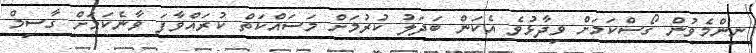
ނިންމެވުން ގޯސްކަމަށް ވިދާޅުވެ އެކަން ބަދަލު ކުރުމަށް މަސައްކަތް ކުރައްވާފަ ވާނެކަމަށް ގާސިމް